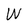
Character: W